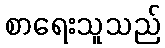
စာရေးသူသည်